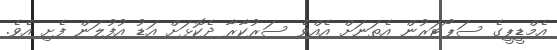
އެމްޑީޕީގެ ސަޕޯޓަރުން އެތަނަށް އެއްވެ ސަރުކާރާ ދެކޮޅަށް އަޑު އުފުލަން ފެށި އެވެ.